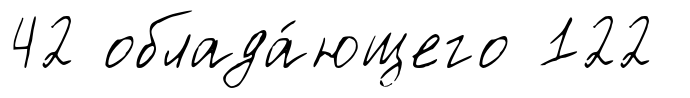
42 облада́ющего 122